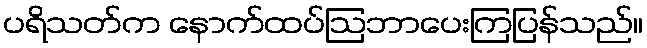
ပရိသတ်က နောက်ထပ်ဩဘာပေးကြပြန်သည်။